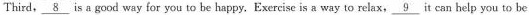
Third, \underline{8} is a good way for you to be happy. Exercise is a way to relax, \underline{9} it can help you to be